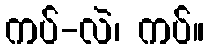
ကပ်-လဲ၊ ကပ်။